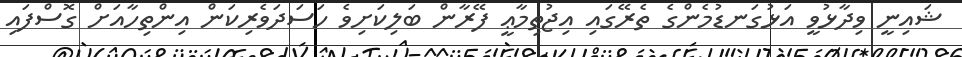
ޝައިނީ ވިދާޅުވީ އަޅުގަނޑުމެންގެ ތެރޭގައި އިޖުތިމާޢީ ފޭރާން ބަލިކަށިވެ ހަސަދަވެރިކަން އިންތިހާއަށް ގޮސްފައި